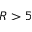
R > 5